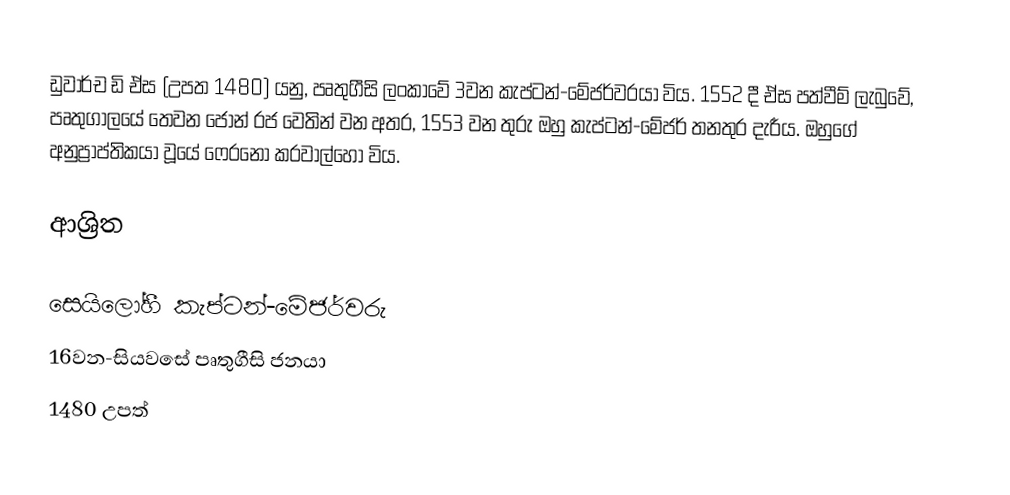
ඩුවාර්ච ඩි ඒස (උපත 1480) යනු,  පෘතුගීසි ලංකාවේ 3වන කැප්ටන්-මේජර්වරයා විය.  1552 දී  ඒස පත්වීම් ලැබුවේ,  පෘතුගාලයේ තෙවන ජෝන් රජ වෙතින් වන අතර, 1553 වන තුරු ඔහු කැප්ටන්-මේජර් තනතුර දැරීය. ඔහුගේ අනුප්‍රාප්තිකයා වූයේ ෆෙරනෝ කරවාල්හෝ විය.

ආශ්‍රිත

 සෙයිලෝහී කැප්ටන්-මේජර්වරු
16වන-සියවසේ පෘතුගීසි ජනයා
1480 උපත්